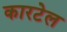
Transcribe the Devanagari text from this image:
कारटेल